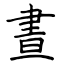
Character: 晝